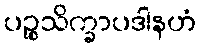
ပဉ္စသိက္ခာပဒါနဟံ